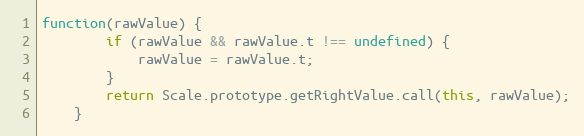
Language: JavaScript
function(rawValue) {
		if (rawValue && rawValue.t !== undefined) {
			rawValue = rawValue.t;
		}
		return Scale.prototype.getRightValue.call(this, rawValue);
	}